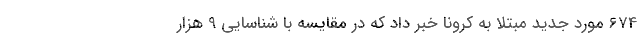
674 مورد جدید مبتلا به کرونا خبر داد که در مقایسه با شناسایی 9 هزار